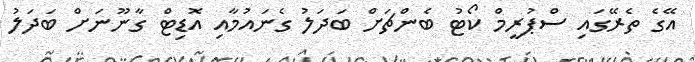
އޭގެ ތެރޭގައި ސްޕުރީމް ކޯޓު ބެންޗަށް ބަދަލު ގެނައުމާއި އޮޑިޓް ގާނޫނަށް ބަދަލު